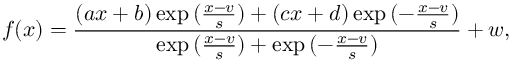
f ( x ) = \frac { ( a x + b ) \exp { ( \frac { x - v } { s } ) } + ( c x + d ) \exp { ( - \frac { x - v } { s } ) } } { \exp { ( \frac { x - v } { s } ) + \exp { ( - \frac { x - v } { s } ) } } } + w ,